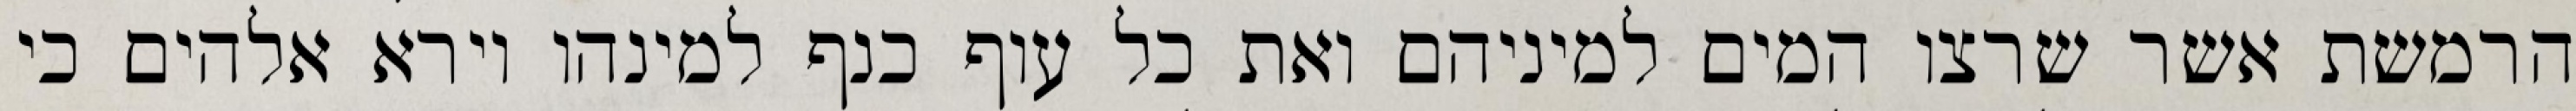
הרמשת אשר שרצו המים למיניהם ואת כל עוף כנף למינהו וירא אלהים כי